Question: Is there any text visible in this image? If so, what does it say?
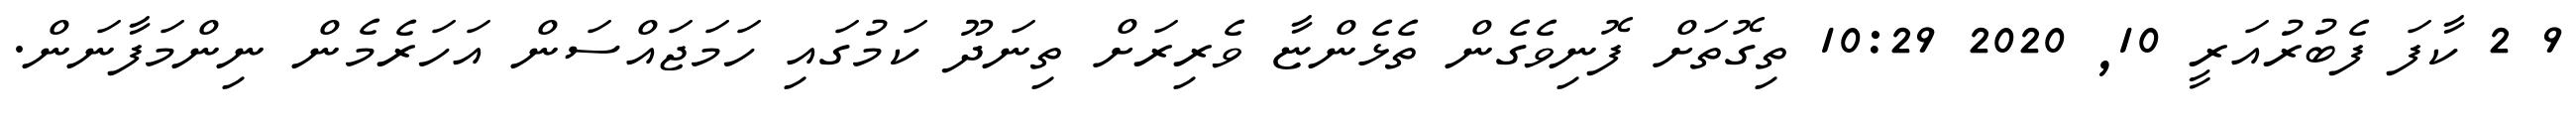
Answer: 9 2 ކާފަ ފެބުރުއަރީ 10, 2020 10:29 ތިގޮތަށް ފޮނިވެގެން ތެޅެންޏާ ވެރިރަށް ތިނަދޫ ކަމުގައި ހަމަޖައްސަން އަހަރެމެން ނިންމަފާނަން.